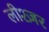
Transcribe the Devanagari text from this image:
लीश्ज़र